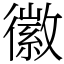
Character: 徽